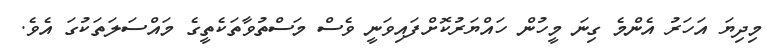
މިދިޔަ އަހަރު އެންމެ ގިނަ މީހުން ހައްޔަރުކޮށްފައިވަނީ ވެސް މަސްތުވާތަކެތީގެ މައްސަލަތަކުގަ އެވެ.